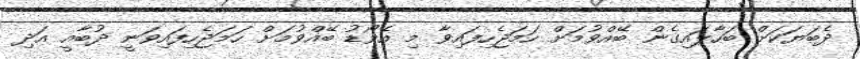
ދެބަޔަކަށް ބަހާލައިގެން ބޭއްވުމަށް ހަމަޖެހިފައިވާ މި އެވޯޑު ބޭއްވުމަށް ހަމަޖެހިފައިވަނީ ދުބާއީ އަދި